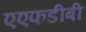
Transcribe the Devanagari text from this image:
एएफडीबी